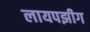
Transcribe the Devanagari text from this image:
लायपझीग